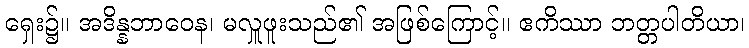
ရှေး၌။ အဒိန္နဘာဝေန၊ မလှူဖူးသည်၏ အဖြစ်ကြောင့်။ ဧကိဿာ ဘတ္တပါတိယာ၊